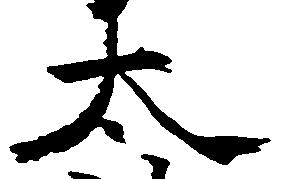
太